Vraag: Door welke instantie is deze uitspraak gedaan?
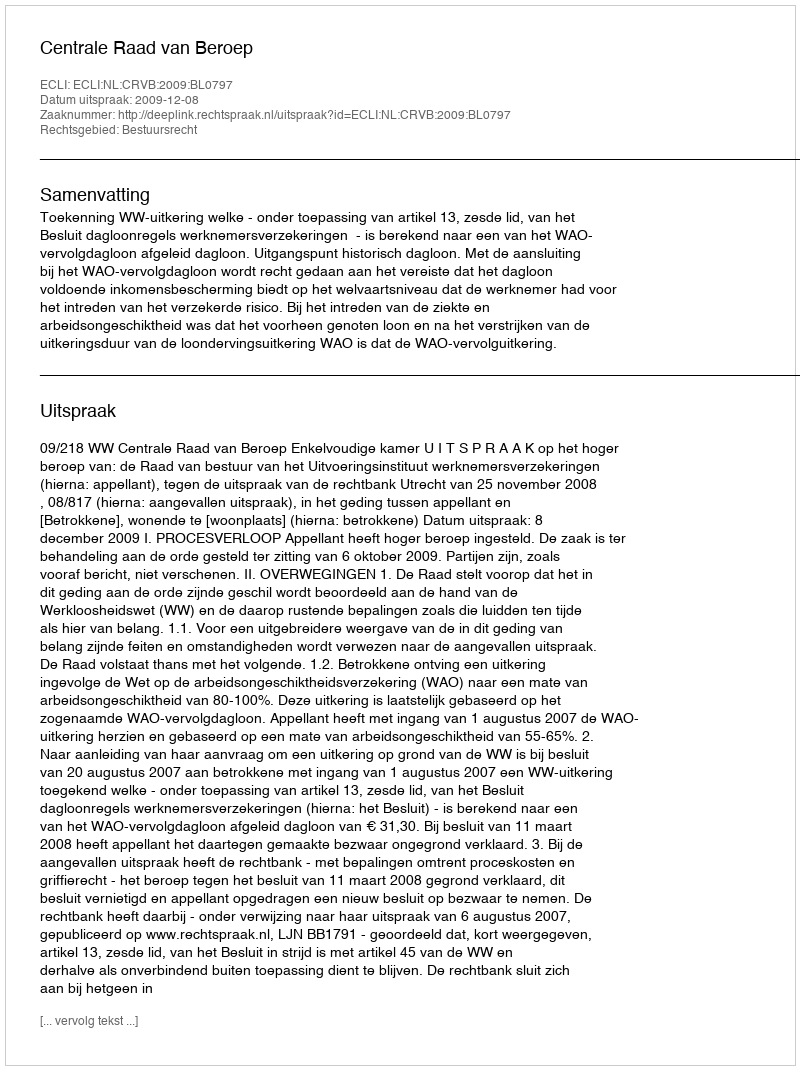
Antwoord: Centrale Raad van Beroep